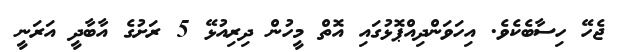
ޖެހޭ ހިސާބެކެވެ. އިހަވަންދިއްޕޮޅުގައި އޮތް މީހުން ދިރިއުޅޭ 5 ރަށުގެ އާބާދީ އަރަނީ